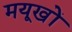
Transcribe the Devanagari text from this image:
मयूखों